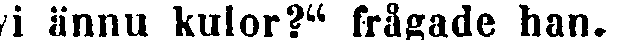
vi ännu kulor?" frågade han.